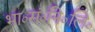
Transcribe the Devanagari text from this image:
भा०सं०नि०लि०